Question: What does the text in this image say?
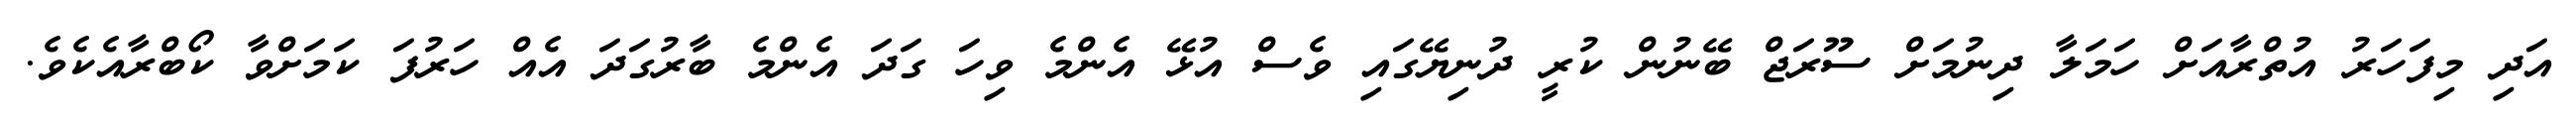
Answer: އަދި މިފަހަރު އުތްރާއަށް ހަމަލާ ދިނުމަށް ސޫރަޖް ބޭނުން ކުރީ ދުނިޔޭގައި ވެސް އުޅޭ އެންމެ ވިހަ ގަދަ އެންމެ ބާރުގަދަ އެއް ހަރުފަ ކަމަށްވާ ކޯބްރާއެކެވެ.